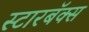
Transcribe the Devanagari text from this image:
स्टारबॅक्स